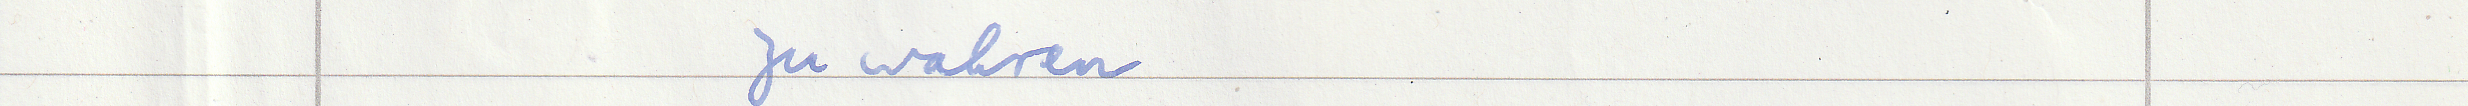
zu wahren